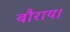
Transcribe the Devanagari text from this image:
बौराय।